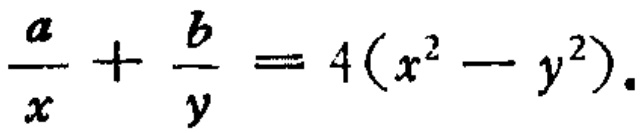
$\frac{a}{x}+\frac{b}{y}=4(x^{2}-y^{2}).$